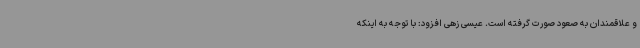
و علاقمندان به صعود صورت گرفته است. عیسی زهی افزود: با توجه به اینکه